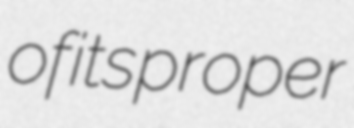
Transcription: of its proper